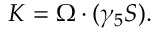
K = \Omega \cdot ( \gamma _ { 5 } S ) .